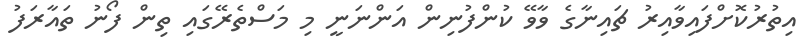
އިތުރުކޮށްފައިވާއިރު ޗައިނާގެ ވާވޭ ކުންފުނިން އަންނަނީ މި މަސްތެރޭގައި ތިން ފޯނު ތައާރަފު